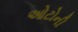
ઓટોની